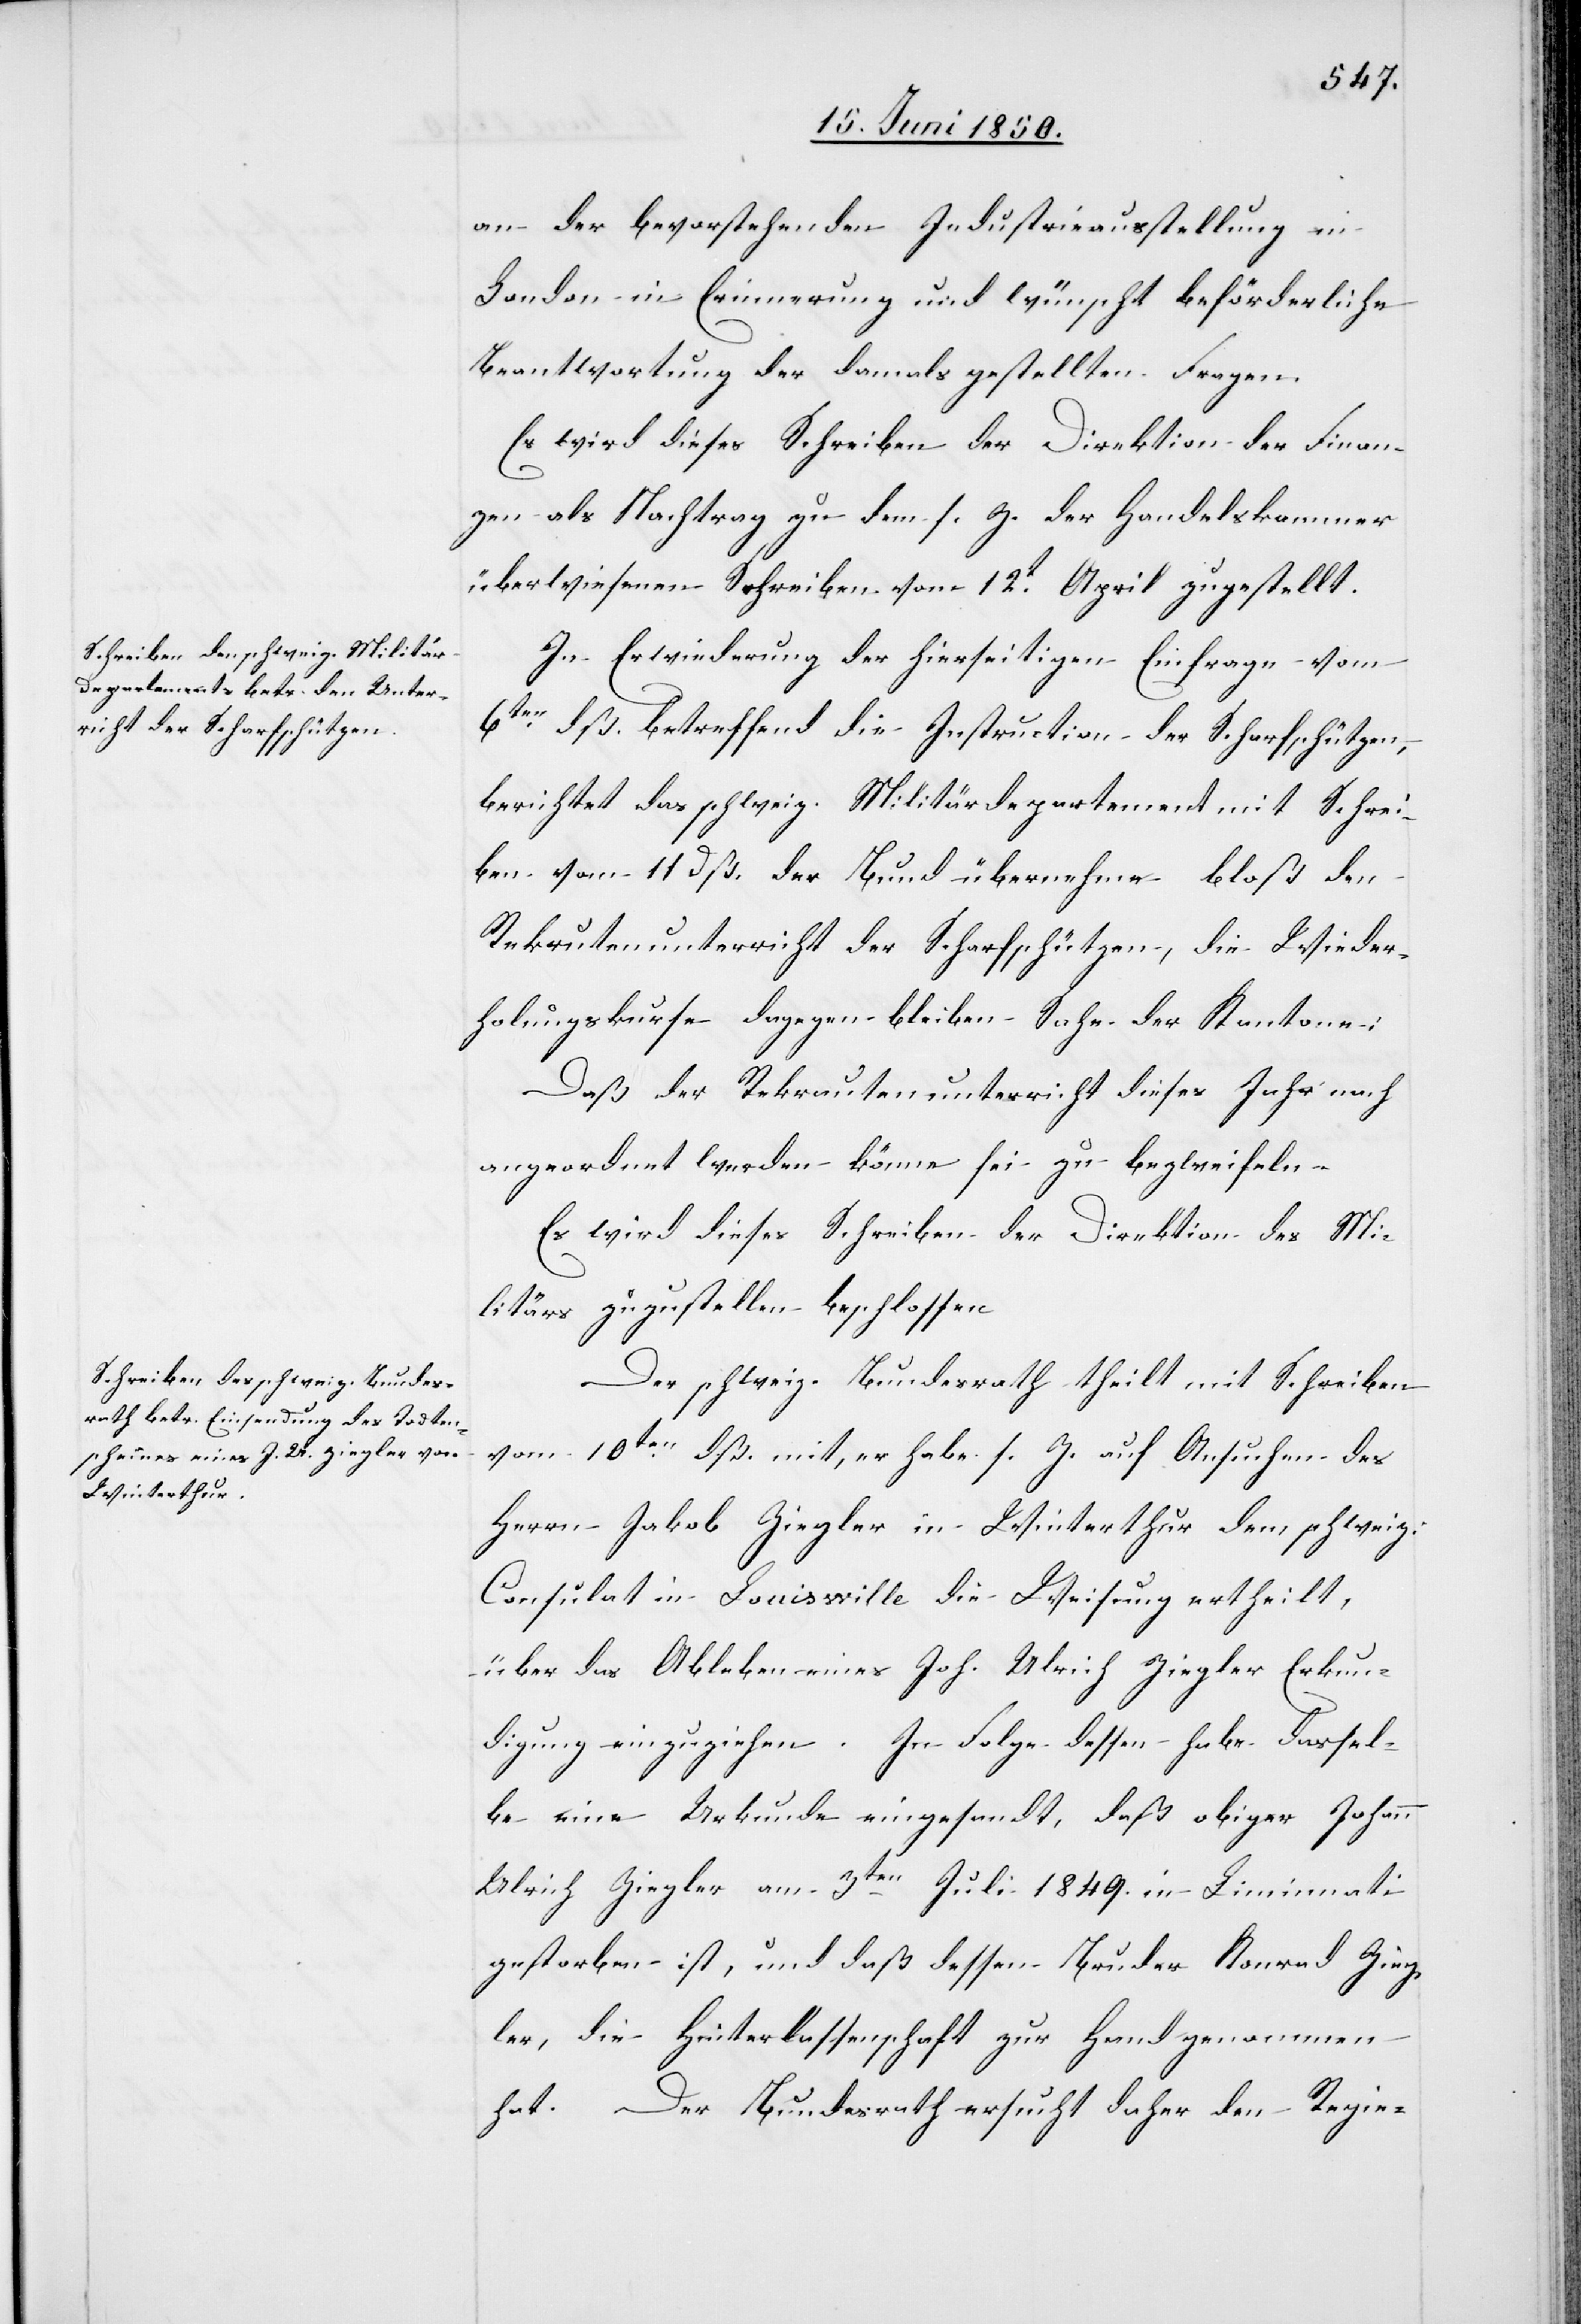
an der bevorstehenden Industrieausstellung in
London in Erinnerung und wünscht beförderliche
Beantwortung der damals gestellten Fragen.
Es wird dieses Schreiben der Direktion der Finan¬
zen als Nachtrag zu dem s. Z. der Handelskammer
überwiesenen Schreiben vom 12t April zugestellt.
In Erwiederung der hierseitigen Einfrage vom
6ten dß. betreffend die Instruction der Scharfschützen,
berichtet das schweiz. Militärdepartement mit Schrei¬
ben vom 11 dß. der Bund übernehme bloß den
Rekrutenunterricht der Scharfschützen, die Wieder¬
holungskurse dagegen bleiben Sache der Kantone;
Daß der Rekrautenunterricht [sic!] dieses Jahr noch
angeordnet werden könne sei zu bezweifeln.
Es wird dieses Schreiben der Direktion des Mi¬
litärs zuzustellen beschlossen[.]
Der schweiz. Bundesrath theilt mit Schreiben
vom 10ten dß. mit, er habe s. Z. auf Ansuchen des
Herrn Jakob Ziegler in Winterthur dem schweiz.
Consulat in Louiswille die Weisung ertheilt,
über das Ableben eines Joh. Ulrich Ziegler Erkun¬
digung einzuziehen. In Folge dessen habe dassel¬
be eine Urkunde eingesandt, daß obiger Johann
Ulrich Ziegler am 3ten Juli 1849. in Liminnati
gestorben ist, und daß dessen Bruder Konrad Zieg¬
ler, die Hinterlassenschaft zur Hand genommen
hat. Der Bundesrath ersucht daher den Regie-